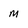
Character: m